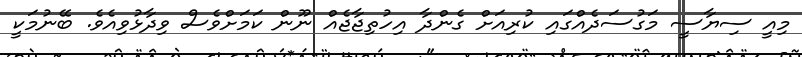
މިއީ ސިޔާސީ މަގުސަދެއްގައި ކުރިއަށް ގެންދާ އިހުތިޖާޖެއް ނޫން ކަަމަށްވެސް ވިދާޅުވިއެވެ. ބޭނުމަކީ